Indian journal of veterinary science and animal husbandry - Volume 1,
Year: 1931
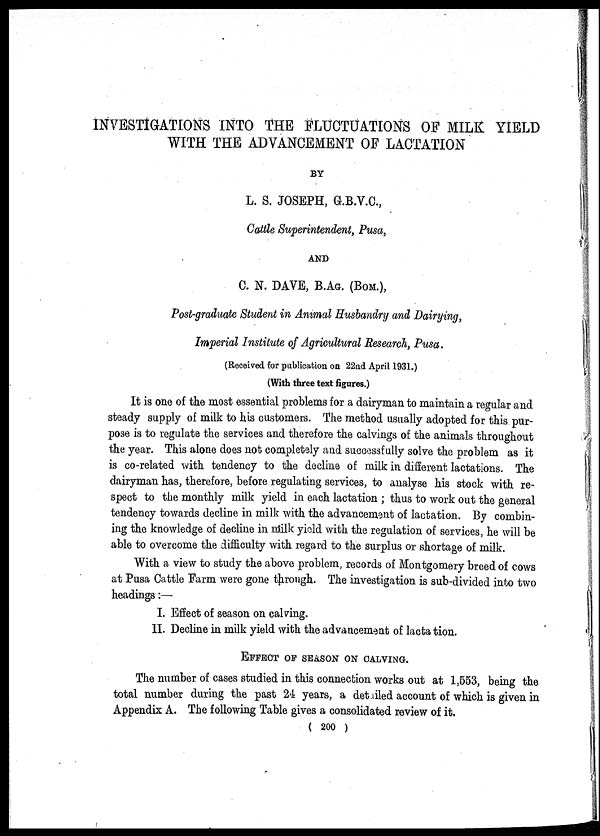
INVESTIGATIONS INTO THE FLUCTUATIONS OF MILK YIELD
WITH THE ADVANCEMENT OF LACTATION
BY
L. S. JOSEPH, G.B.V.C.,
Cattle Superintendent, Pusa,
AND
C. N. DAVE, B.AG. (BOM.),
Post-graduate Student in Animal Husbandry and Dairying,
Imperial Institute of Agricultural Research, Pusa.
(Received for publication on 22nd April 1931.)
(With three text figures.)
It is one of the most essential problems for a dairyman to maintain a regular and
steady supply of milk to his customers. The method usually adopted for this pur-
pose is to regulate the services and therefore the calvings of the animals throughout
the year. This alone does not completely and successfully solve the problem as it
is co-related with tendency to the decline of milk in different lactations. The
dairyman has, therefore, before regulating services, to analyse his stock with re-
spect to the monthly milk yield in each lactation ; thus to work out the general
tendency towards decline in milk with the advancement of lactation. By combin-
ing the knowledge of decline in milk yield with the regulation of services, he will be
able to overcome the difficulty with regard to the surplus or shortage of milk.
With a view to study the above problem, records of Montgomery breed of cows
at Pusa Cattle Farm were gone through. The investigation is sub-divided into two
headings:—
I. Effect of season on calving.
II. Decline in milk yield with the advancement of lactation.
EFFECT OF SEASON ON CALVING.
The number of cases studied in this connection works out at 1,553, being the
total number during the past 24 years, a detailed account of which is given in
Appendix A. The following Table gives a consolidated review of it.
( 200 )